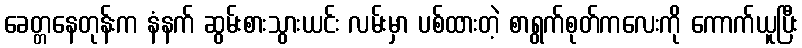
ခေတ္တနေတုန်းက နံနက် ဆွမ်းစားသွားယင်း လမ်းမှာ ပစ်ထားတဲ့ စာရွက်စုတ်ကလေးကို ကောက်ယူပြီး